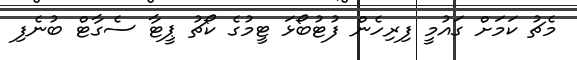
މެޗު ކަމަށް ގައުމީ ފިރިހެން ފުޓުބޯޅަ ޓީމުގެ ކޯޗު ޕީޓާ ސެގާޓް ބުނެފި